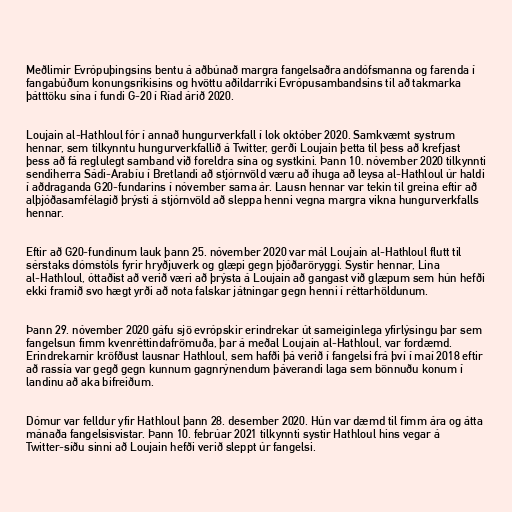
Meðlimir Evrópuþingsins bentu á aðbúnað margra fangelsaðra andófsmanna og farenda í
fangabúðum konungsríkisins og hvöttu aðildarríki Evrópusambandsins til að takmarka
þátttöku sína í fundi G-20 í Ríad árið 2020.

Loujain al-Hathloul fór í annað hungurverkfall í lok október 2020. Samkvæmt systrum
hennar, sem tilkynntu hungurverkfallið á Twitter, gerði Loujain þetta til þess að krefjast
þess að fá reglulegt samband við foreldra sína og systkini. Þann 10. nóvember 2020 tilkynnti
sendiherra Sádi-Arabíu í Bretlandi að stjórnvöld væru að íhuga að leysa al-Hathloul úr haldi
í aðdraganda G20-fundarins í nóvember sama ár. Lausn hennar var tekin til greina eftir að
alþjóðasamfélagið þrýsti á stjórnvöld að sleppa henni vegna margra vikna hungurverkfalls
hennar.

Eftir að G20-fundinum lauk þann 25. nóvember 2020 var mál Loujain al-Hathloul flutt til
sérstaks dómstóls fyrir hryðjuverk og glæpi gegn þjóðaröryggi. Systir hennar, Lina
al-Hathloul, óttaðist að verið væri að þrýsta á Loujain að gangast við glæpum sem hún hefði
ekki framið svo hægt yrði að nota falskar játningar gegn henni í réttarhöldunum.

Þann 29. nóvember 2020 gáfu sjö evrópskir erindrekar út sameiginlega yfirlýsingu þar sem
fangelsun fimm kvenréttindafrömuða, þar á meðal Loujain al-Hathloul, var fordæmd.
Erindrekarnir kröfðust lausnar Hathloul, sem hafði þá verið í fangelsi frá því í maí 2018 eftir
að rassía var gegð gegn kunnum gagnrýnendum þáverandi laga sem bönnuðu konum í
landinu að aka bifreiðum.

Dómur var felldur yfir Hathloul þann 28. desember 2020. Hún var dæmd til fimm ára og átta
mánaða fangelsisvistar. Þann 10. febrúar 2021 tilkynnti systir Hathloul hins vegar á
Twitter-síðu sinni að Loujain hefði verið sleppt úr fangelsi.